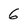
Character: 6